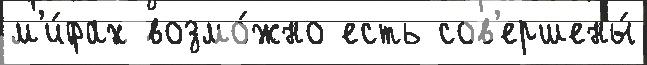
м'и́фах возмо́жно есть сов'ершены́